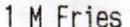
1 M FRIES